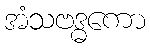
အံသဗဒ္ဓကော